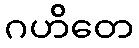
ဂဟိတေ